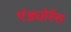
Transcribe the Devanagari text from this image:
एंड्योरेंस